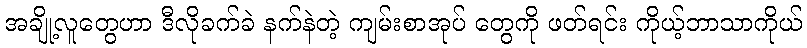
အချို့လူတွေဟာ ဒီလိုခက်ခဲ နက်နဲတဲ့ ကျမ်းစာအုပ် တွေကို ဖတ်ရင်း ကိုယ့်ဘာသာကိုယ်